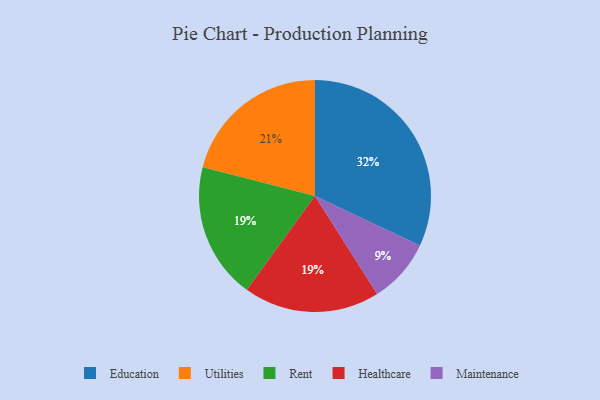
{"axis": {"x": "Category", "y": "Percentage"}, "legend": ["Education", "Healthcare", "Maintenance", "Rent", "Utilities"], "data": [{"x": "Rent", "y": 19, "type": "Rent"}, {"x": "Maintenance", "y": 9, "type": "Maintenance"}, {"x": "Education", "y": 32, "type": "Education"}, {"x": "Utilities", "y": 21, "type": "Utilities"}, {"x": "Healthcare", "y": 19, "type": "Healthcare"}]}